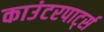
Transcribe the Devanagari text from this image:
काउंटरपार्ट्स